Civil Veterinary Department Bengal reports 1933-51 - 1933-1951
Year: 1933
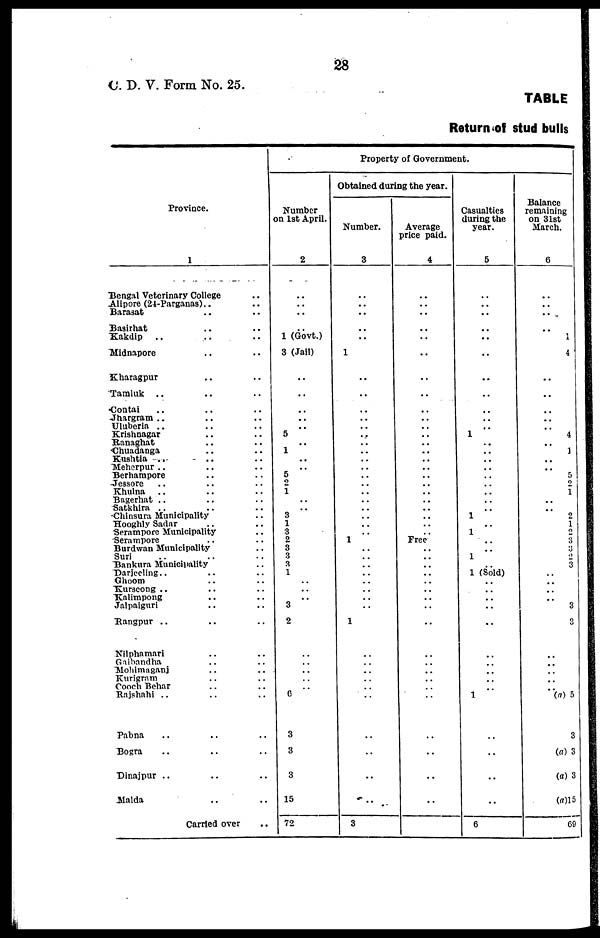
28
C. D. V. Form No. 25.
TABLE
Return of stud bulls
Province.
1
Bengal Veterinary College ..
Alipore (24-Parganas).. ..
Barasat .. ..
Basirhat .. ..
Kakdip .. .. ..
Midnapore .. ..
Kharagpur .. ..
Tamluk .. .. ..
Contal .. .. ..
Jhargram .. .. ..
Uluberia .. .. ..
Krishnagar .. .. ..
Ranaghat .. ..
Chuadanga .. ..
Kushtia .. .. ..
Meherpur .. .. ..
Berhampore .. ..
Jessore .. .. ..
Khulna .. .. ..
Bagerhat .. .. ..
Satkhira .. .. ..
Chinsura Municipality ..
Hooghly Sadar .. ..
Serampore Municipality ..
Serampore .. ..
Burdwan Municipality ..
Suri .. .. ..
Bankura Municipality ..
Darjeeling .. .. ..
Ghoom .. ..
Kurseong .. .. ..
Kalimpong .. ..
Jalpaiguri .. ..
Rangpur .. .. ..
Nilphamari .. ..
Gaibandha .. ..
Mohimaganj .. ..
Kurigram .. ..
Cooch Behar .. ..
Rajshahi .. .. ..
Pabna .. .. ..
Bogra .. .. ..
Dinajpur .. .. ..
Malda .. .. ..
Carried over ..
Property of Government.
Number
on 1st April.
2
..
..
..
..
1 (Govt.)
3 (Jail)
..
..
..
..
.. 5
.. 1
..
.. 5
2
1
..
.. 3
1
3
2
3
3
3
1
..
..
.. 3
2
..
..
..
..
.. 6
3
3
3
15
72
Obtained during the year.
Number.
3
..
..
..
..
..
1
..
..
..
..
..
..
..
..
..
..
..
..
..
..
..
..
..
.. 1
..
..
..
..
..
..
..
..
1
..
..
..
..
..
..
..
..
..
..
3
Average
price paid.
4
..
..
..
..
..
..
..
..
..
..
..
..
.. ..
..
..
..
..
..
..
..
..
..
.. Free
..
..
..
..
..
..
..
..
..
..
..
..
..
..
..
..
..
..
..
Casualties
during the
year.
5
..
..
..
..
..
..
..
..
..
.. ..
1
..
..
..
..
..
..
..
..
.. 1
.. 1
..
.. 1
.. 1 (Sold)
..
..
..
..
..
..
..
..
..
.. 1
..
..
..
..
6
Balance
remaining
on 31st
March.
6
..
..
..
..
1
4
..
..
.. ..
..
..
4 ..
1
..
..
5
2
1
..
..
2
2
2
3
3
2
3
..
..
..
..
3
3
..
..
..
..
..
(a) 5
3
(a) 3
(a) 3
(a)l5
69